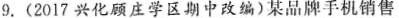
9.(2017兴化顾庄学区期中改编)某品牌手机销售